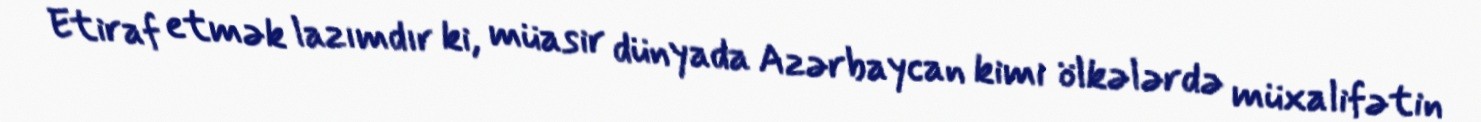
Etiraf etmək lazımdır ki, müasir dünyada Azərbaycan kimi ölkələrdə müxalifətin